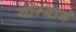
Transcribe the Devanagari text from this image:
योग्याने